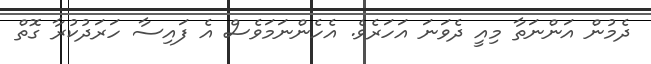
ދެމުން އަންނަތާ މިއީ ދެވަނަ އަހަރެވެ. އެހެންނަމަވެސް އެ ފައިސާ ހަރަދުކުރާ ގޮތް